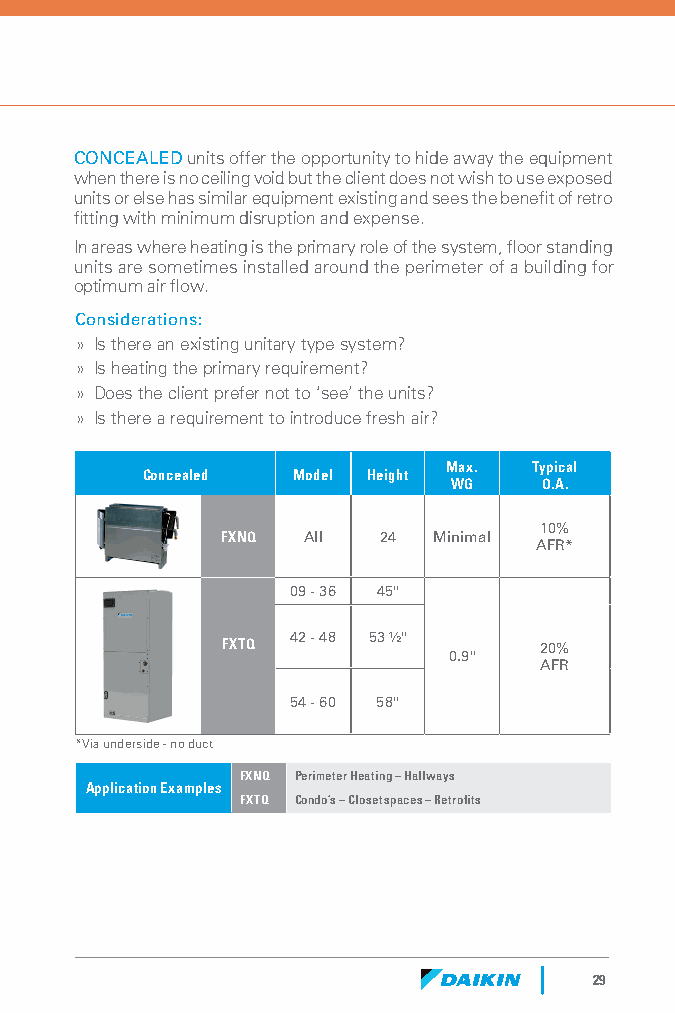
CONCEALED units offer the opportunity to hide away the equipment
 when there is no ceiling void but the client does not wish to use exposed
 units or else has similar equipment existing and sees the benefit of retro
 fitting with minimum disruption and expense.
 In areas where heating is the primary role of the system, floor standing
 units are sometimes installed around the perimeter of a building for
 optimum air flow.
 Considerations:
 » Is there an existing unitary type system?
 » Is heating the primary requirement?
 » Does the client prefer not to ‘see’ the units?
 » Is there a requirement to introduce fresh air?
 Max. Typical
 Concealed Model Height
 WG    O.A.
 10%
 FXNQ All  24  Minimal
 AFR*
 09 - 36 45"
 42 - 48 53 ½"
 FXTQ                 20%
 0.9"
 AFR
 54 - 60 58"
 *Via underside - no duct
 FXNQ Perimeter Heating – Hallways
 Application Examples
 FXTQ Condo’s – Closet spaces – Retrofits
 29